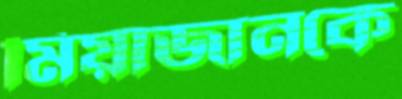
মিয়াজানকে